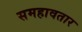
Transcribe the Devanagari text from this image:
समहावतार